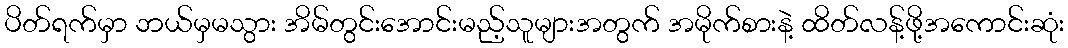
ပိတ်ရက်မှာ ဘယ်မှမသွား အိမ်တွင်းအောင်းမည့်သူများအတွက် အမိုက်စားနဲ့ ထိတ်လန့်ဖို့အကောင်းဆုံး